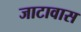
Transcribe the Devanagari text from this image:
जाटावास